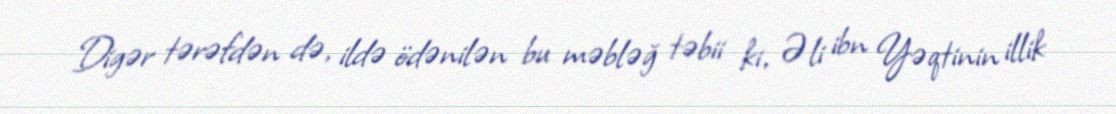
Digər tərəfdən də, ildə ödənilən bu məbləğ təbii ki, Əli ibn Yəqtinin illik